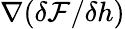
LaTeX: \nabla(\delta\mathcal{F}/\delta h)